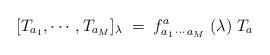
LaTeX: \begin{align*}[T_{a_1},\cdots,T_{a_M}]_\lambda\;=\;f_{a_1\, \cdots\, a_M}^a\;(\lambda)\;T_a\end{align*}